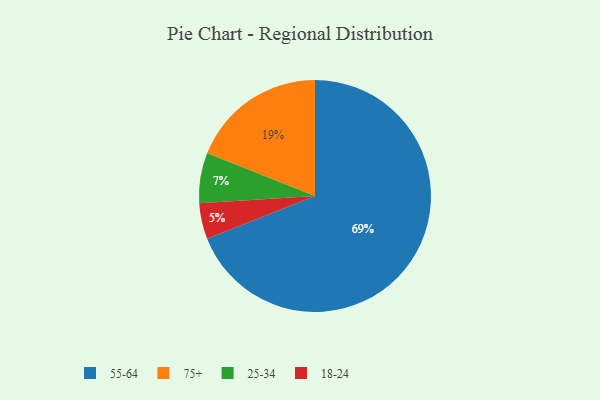
{"axis": {"x": "Category", "y": "Percentage"}, "legend": ["18-24", "25-34", "55-64", "75+"], "data": [{"x": "25-34", "y": 7, "type": "25-34"}, {"x": "18-24", "y": 5, "type": "18-24"}, {"x": "55-64", "y": 69, "type": "55-64"}, {"x": "75+", "y": 19, "type": "75+"}]}